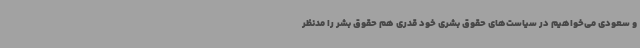
و سعودی می‌خواهیم در سیاست‌های حقوق بشری خود قدری هم حقوق بشر را مدنظر